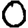
Digit: 0